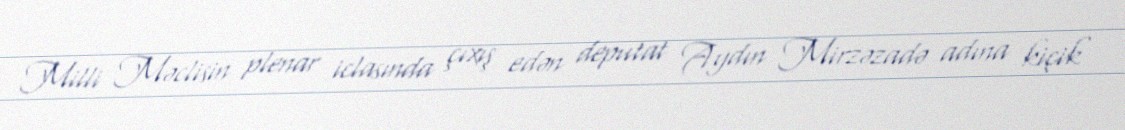
Milli Məclisin plenar iclasında çıxış edən deputat Aydın Mirzəzadə adına kiçik